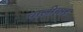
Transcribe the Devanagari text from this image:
चालीयार